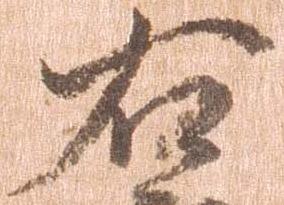
右